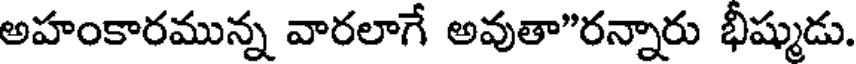
అహంకారమున్న వారలాగే అవుతా"రన్నారు భీష్ముడు.